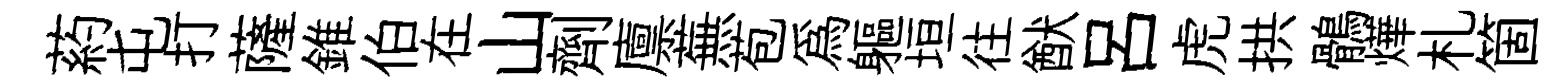
葯屯打薩錐伯在山劑廪蕪苞為軀垣往猷吕虎拱鶻燁札箇